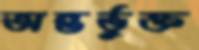
অন্তর্ভুক্ত